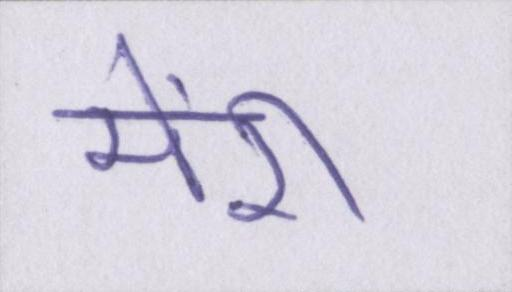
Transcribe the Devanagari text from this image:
मेंरी